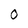
Character: 0